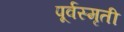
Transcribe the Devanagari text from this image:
पूर्वस्मृती